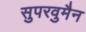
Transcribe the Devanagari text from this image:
सुपरवुमैन